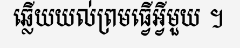
ឆ្លើយយល់ព្រមធ្វើអ្វីមួយ ។